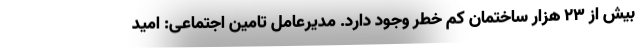
بیش از ۲۳ هزار ساختمان کم خطر وجود دارد. مدیرعامل تامین اجتماعی: امید